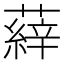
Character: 𮑝